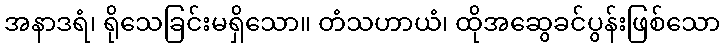
အနာဒရံ၊ ရိုသေခြင်းမရှိသော။ တံသဟာယံ၊ ထိုအဆွေခင်ပွန်းဖြစ်သော